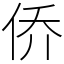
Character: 侨